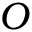
O